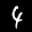
Label: 4